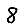
Digit: 8